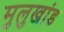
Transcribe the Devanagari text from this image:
मुलुखांड